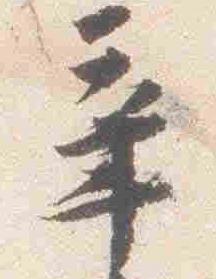
辛